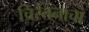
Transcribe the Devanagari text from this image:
चिरंतनाचा